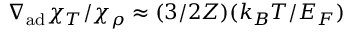
\nabla _ { \mathrm { a d } } \chi _ { T } / \chi _ { \rho } \approx ( 3 / 2 Z ) ( k _ { B } T / E _ { F } )